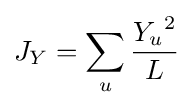
J_{Y}=\sum _{u}{\frac {{Y_{u}}^{2}}{L}}